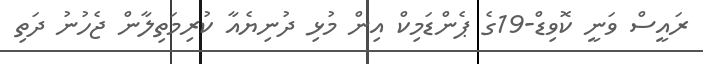
ރައީސް ވަނީ ކޮވިޑް-19ގެ ޕެންޑަމިކް އިން މުޅި ދުނިޔެއާ ކުރިމަތިލާން ޖެހުނު ދަތި